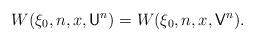
LaTeX: \begin{align*}W(\xi_0,n,x,\mathsf{U}^n)=W(\xi_0,n,x,\mathsf{V}^n).\end{align*}